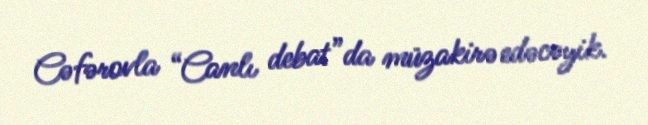
Cəfərovla “Canlı debat”da müzakirə edəcəyik.